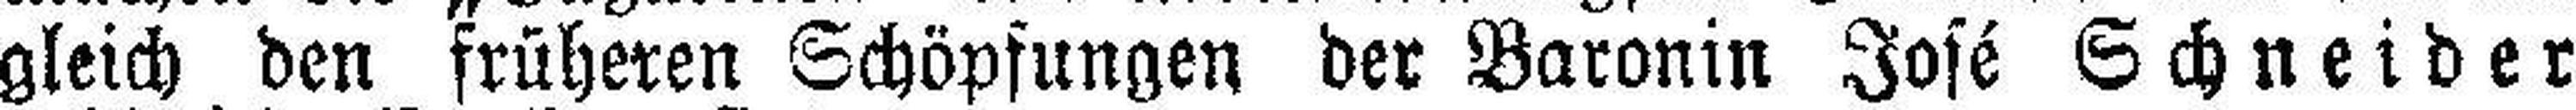
gleich den früheren Schöpfungen der Baronin José Schneider